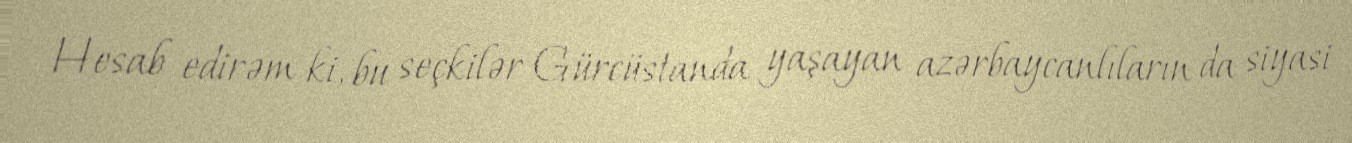
Hesab edirəm ki, bu seçkilər Gürcüstanda yaşayan azərbaycanlıların da siyasi